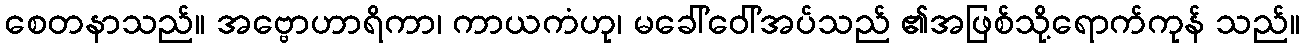
စေတနာသည်။ အဗ္ဗောဟာရိကာ၊ ကာယကံဟု၊ မခေါ်ဝေါ်အပ်သည် ၏အဖြစ်သို့ရောက်ကုန် သည်။